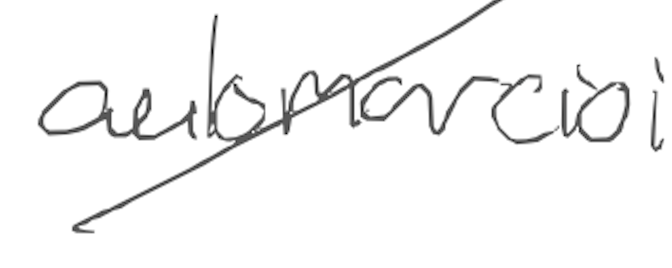
Text: aulomarcioi
Cross-out: diagonal
Writing tool: digital_gray